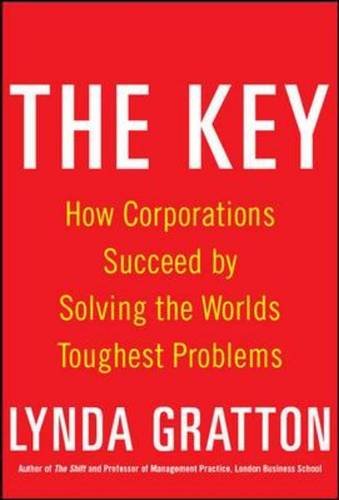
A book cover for The Key: How Corporations Succeed by Solving the World's Toughest Problems; Lynda Gratton; Business & Money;